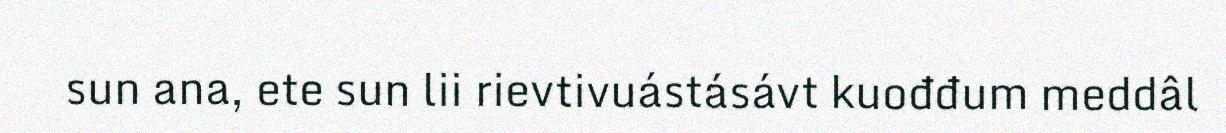
sun ana, ete sun lii rievtivuástásávt kuođđum meddâl